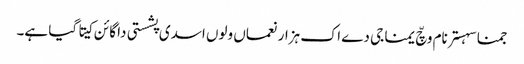
جمنا سہستر نام وچّ یمنا جی دے اک ہزار نعماں ولوں اسدی پشستی دا گائن کیتا گیا ہے۔